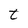
Character: t